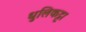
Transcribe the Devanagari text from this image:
धुलिकट्टा